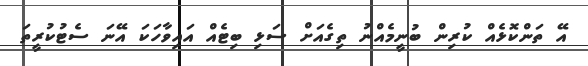
އޭ ތަންކޮޅެއް ކުރިން ބުނީމެއްނު ތިގެއަށް ސަޅި ބިޓެއް އައިވާހަކަ އޭނަ ސެޓުކުރީތަ